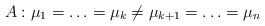
LaTeX: \begin{align*}A: \mu_1=\ldots =\mu_k\neq \mu_{k+1}=\ldots =\mu_n\end{align*}